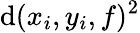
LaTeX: \mathrm{d}(x_{i},y_{i},f)^{2}